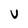
Character: v